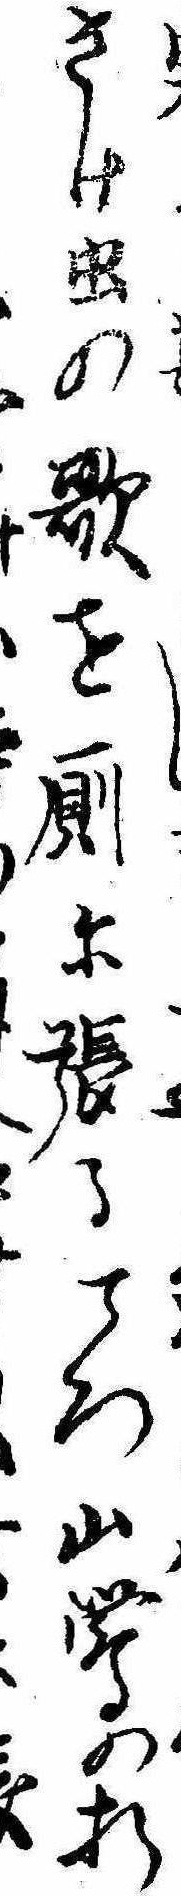
さけ虫の歌を厠に張るころ山鴬の折け